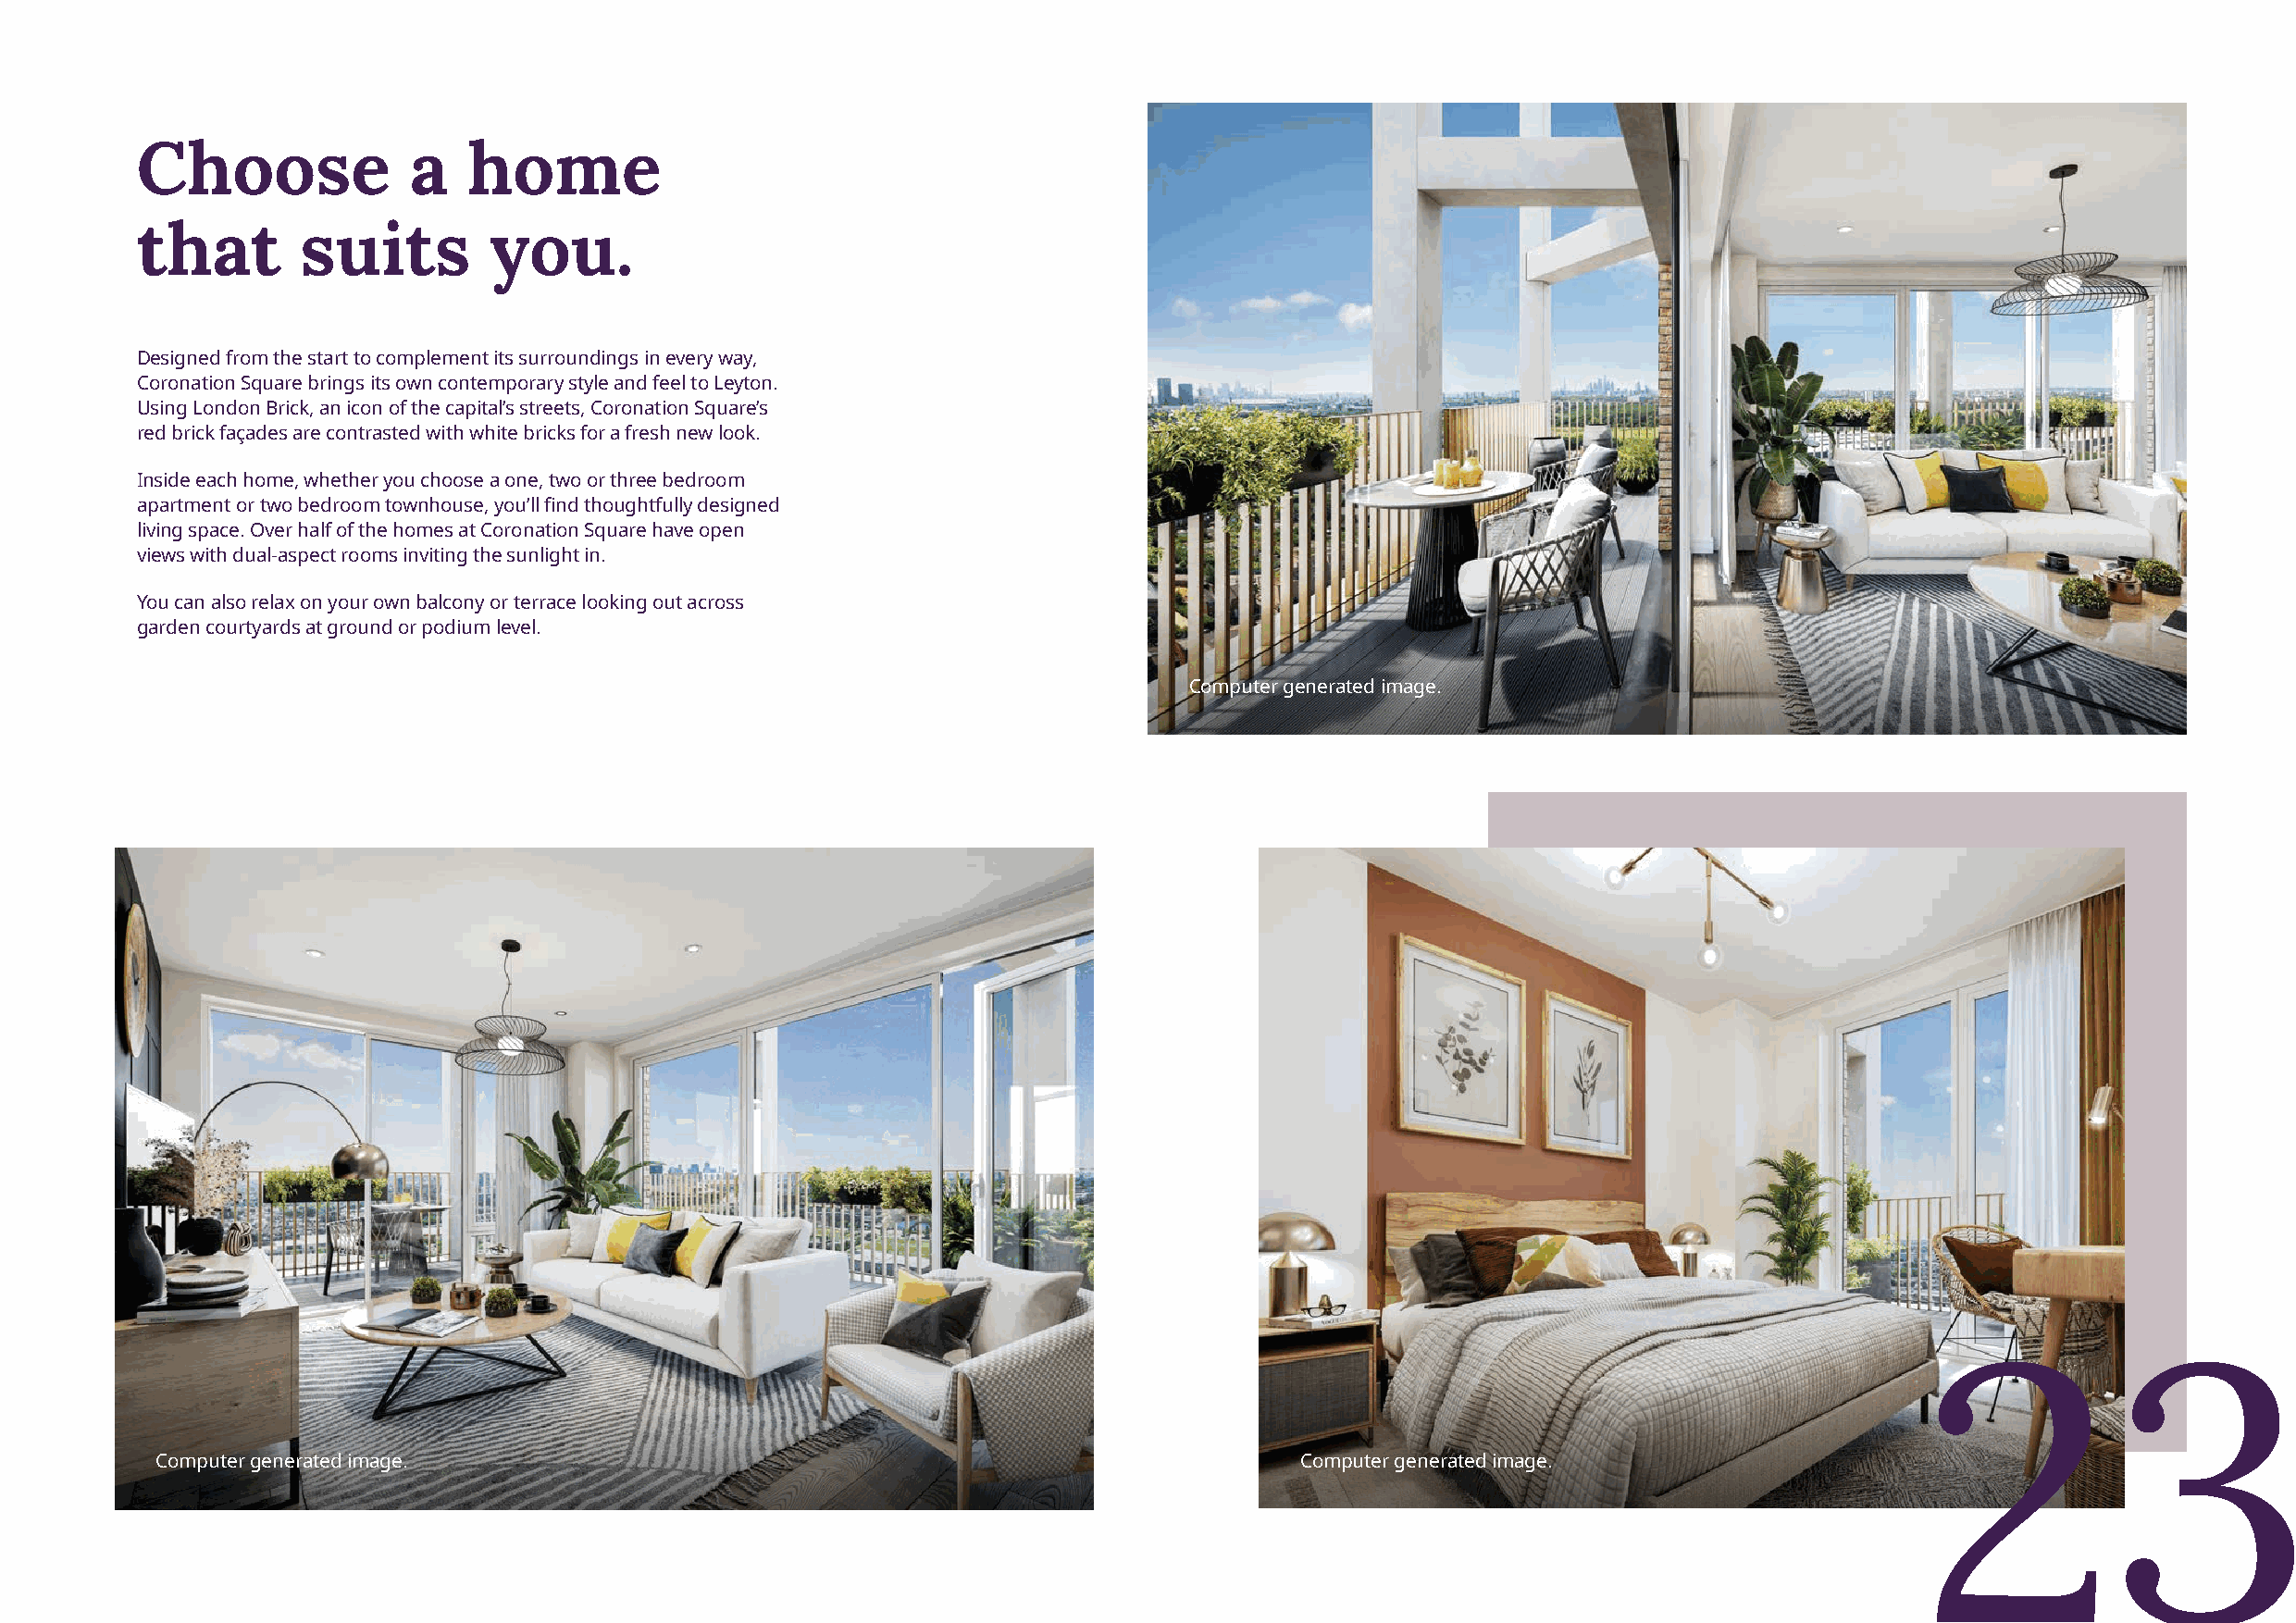
Choose             a   home
 that       suits         you.
 Designed from the start to complement its surroundings in every way,
 Coronation Square brings its own contemporary style and feel to Leyton.
 Using London Brick, an icon of the capital’s streets, Coronation Square’s
 red brick façades are contrasted with white bricks for a fresh new look.
 Inside each home, whether you choose a one, two or three bedroom
 apartment or two bedroom townhouse, you’ll find thoughtfully designed
 living space. Over half of the homes at Coronation Square have open
 views with dual-aspect rooms inviting the sunlight in.
 You can also relax on your own balcony or terrace looking out across
 garden courtyards at ground or podium level.
 Computer generated image.
 23
 Computer generated image.                                                         Computer generated image.